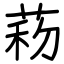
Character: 菞